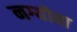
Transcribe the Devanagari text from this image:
नग्योवा